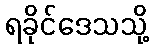
ရခိုင်ဒေသသို့